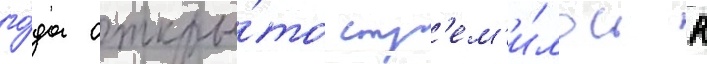
го́да откры́то стр'ем'и́лось к